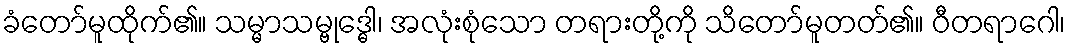
ခံတော်မူထိုက်၏။ သမ္မာသမ္ဗုဒ္ဓေါ၊ အလုံးစုံသော တရားတို့ကို သိတော်မူတတ်၏။ ဝီတရာဂေါ၊